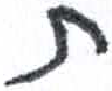
אות: ת